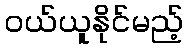
ဝယ်ယူနိုင်မည့်